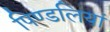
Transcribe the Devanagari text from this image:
पिण्डलियां